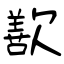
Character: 歚